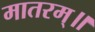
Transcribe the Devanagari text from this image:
मातरम्॥